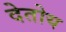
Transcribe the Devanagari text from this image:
देतोय